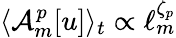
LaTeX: \langle\mathcal{A}_{m}^{p}[u]\rangle_{t}\propto\ell_{m}^{\zeta_{p}}